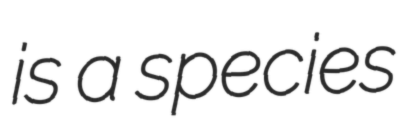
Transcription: is a species